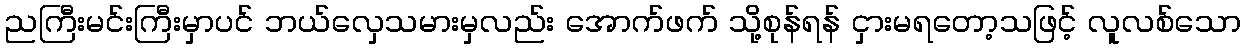
ညကြီးမင်းကြီးမှာပင် ဘယ်လှေသမားမှလည်း အောက်ဖက် သို့စုန်ရန် ငှားမရတော့သဖြင့် လူလစ်သော